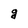
Character: g